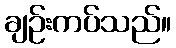
ချဉ်းကပ်သည်။